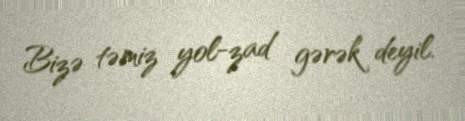
Bizə təmiz yol-zad gərək deyil.